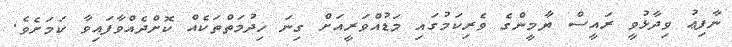
ނާފިޢު ވިދާޅުވީ ރައީސް ޔާމީންގެ ވެރިކަމުގައި މަޑުއްވަރީއަށް ގިނަ ޚިދުމަތްތަކެއް ކޮށްދެއްވާފައިވާ ކަމަށެވެ.